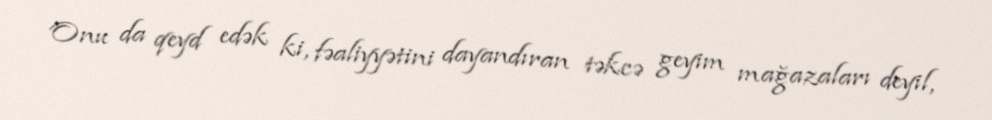
Onu da qeyd edək ki, fəaliyyətini dayandıran təkcə geyim mağazaları deyil,